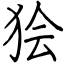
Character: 狯